Indian journal of veterinary science and animal husbandry - Volume 12,
Year: 1942
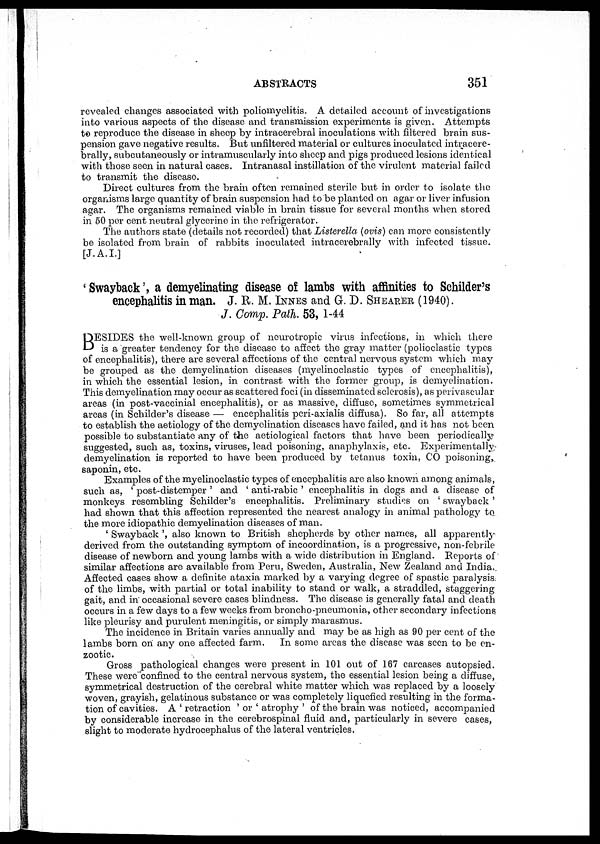
ABSTRACTS
351
revealed changes associated with poliomyelitis. A detailed account of investigations
into various aspects of the disease and transmission experiments is given. Attempts
to reproduce the disease in sheep by intracerebral inoculations with filtered brain sus-
pension gave negative results. But unfiltered material or cultures inoculated intracere-
brally, subcutaneously or intramuscularly into sheep and pigs produced lesions identical
with those seen in natural cases. Intranasal instillation of the virulent material failed
to transmit the disease.
Direct cultures from the brain often remained sterile but in order to isolate the
organisms large quantity of brain suspension had to be planted on agar or liver infusion
agar. The organisms remained viable in brain tissue for several months when stored
in 50 per cent neutral glycerine in the refrigerator.
The authors state (details not recorded) that Listerella (ovis) can more consistently
be isolated from brain of rabbits inoculated intracerebrally with infected tissue.
[J.A.I.]
' Swayback', a demyelinating disease of lambs with affinities to Schilder's
encephalitis in man. J. R. M. INNES and G. D. SHEARER (1940).
J. Comp. Path. 53, 1-44
B ESIDES the well-known group of neurotropic virus infections, in which there
is a greater tendency for the disease to affect the gray matter (polioclastic types
of encephalitis), there are several affections of the central nervous system which may
be grouped as the demyelination diseases (myelinoclastic types of encephalitis),
in which the essential lesion, in contrast with the former group, is demyelination.
This demyelination may occur as scattered foci (in disseminated sclerosis), as perivascular
areas (in post-vaccinial encephalitis), or as massive, diffuse, sometimes symmetrical
areas (in Schilder's disease — encephalitis peri-axialis diffusa). So far, all attempts
to establish the aetiology of the demyelination diseases have failed, and it has not been
possible to substantiate any of the aetiological factors that have been periodically;
suggested, such as, toxins, viruses, lead poisoning, anaphylaxis, etc. Experimentally-
demyelination is reported to have been produced by tetanus toxin, CO poisoning,
saponin, etc.
Examples of the myelinoclastic types of encephalitis are also known among animals,
such as, ' post-distemper ' and ' anti-rabic ' encephalitis in dogs and a disease of
monkeys resembling Schilder's encephalitis. Preliminary studies on ' swayback '
had shown that this affection represented the nearest analogy in animal pathology to.
the more idiopathic demyelination diseases of man.
' Swayback ', also known to British shepherds by other names, all apparently
derived from the outstanding symptom of incoordination, is a progressive, non-febrile
disease of newborn and young lambs with a wide distribution in England. Reports of
similar affections are available from Peru, Sweden, Australia, New Zealand and India..
Affected cases show a definite ataxia marked by a varying degree of spastic paralysis.
of the limbs, with partial or total inability to stand or walk, a straddled, staggering
gait, and in occasional severe cases blindness. The disease is generally fatal and death
occurs in a few days to a few weeks from broncho-pneumonia, other secondary infections
like pleurisy and purulent meningitis, or simply marasmus.
The incidence in Britain varies annually and may be as high as 90 per cent of the
lambs born on any one affected farm.
In some areas the disease was seen to be en-
zootic.
Gross pathological changes were present in 101 out of 167 carcases autopsied.
These were confined to the central nervous system, the essential lesion being a diffuse,
symmetrical destruction of the cerebral white matter which was replaced by a loosely
woven, grayish, gelatinous substance or was completely liquefied resulting in the forma-
tion of cavities. A ' retraction ' or ' atrophy ' of the brain was noticed, accompanied
by considerable increase in the cerebrospinal fluid and, particularly in severe cases,
slight to moderate hydrocephalus of the lateral ventricles.